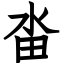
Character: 畓